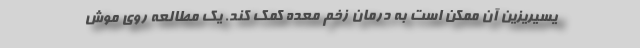
یسیریزین آن ممکن است به درمان زخم معده کمک کند. یک مطالعه روی موش